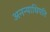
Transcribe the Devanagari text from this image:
अनन्याधिपति